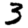
Digit: 3